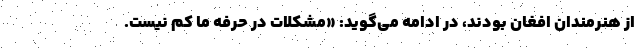
از هنرمندان افغان بودند، در ادامه می‌گوید: «مشکلات در حرفه ما کم نیست.